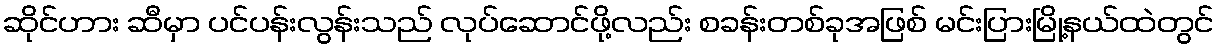
ဆိုင်ဟား ဆီမှာ ပင်ပန်းလွန်းသည် လုပ်ဆောင်ဖို့လည်း စခန်းတစ်ခုအဖြစ် မင်းပြားမြို့နယ်ထဲတွင်